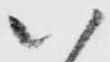
以